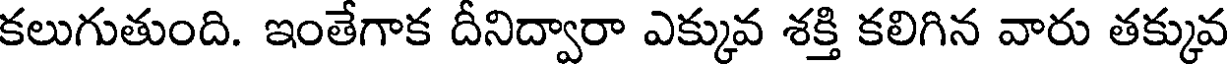
కలుగుతుంది. ఇంతేగాక దీనిద్వారా ఎక్కువ శక్తి కలిగిన వారు తక్కువ